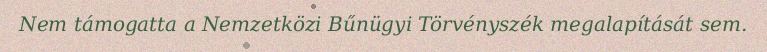
Nem támogatta a Nemzetközi Bűnügyi Törvényszék megalapítását sem.